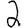
Digit: 2